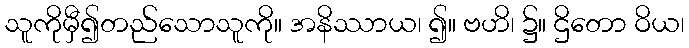
သူကိုမှီ၍တည်သောသူကို။ အနိဿာယ၊ ၍။ ဗဟိ၊ ၌။ ဌိတော ဝိယ၊